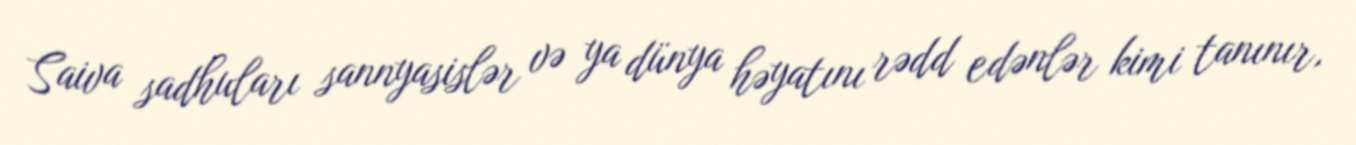
Saiva sadhuları sannyasislər və ya dünya həyatını rədd edənlər kimi tanınır,